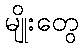
မျိုးတွေ